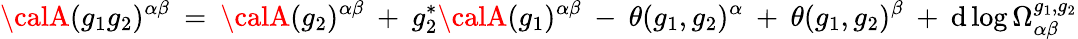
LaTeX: {\calA}(g_{1}g_{2})^{\alpha\beta}\: =\: {\calA}(g_{2})^{\alpha\beta}\: +\: g_{2}^{*}{\calA}(g_{1})^{\alpha\beta}\: -\: \theta(g_{1},g_{2})^{\alpha}\: +\: \theta(g_{1},g_{2})^{\beta}\: +\: \mathrm{d}\log\Omega_{\alpha\beta}^{g_{1},g_{2}}